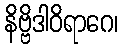
နိဗ္ဗိဒါဝိရာဂေ၊